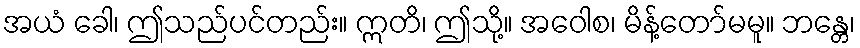
အယံ ခေါ၊ ဤသည်ပင်တည်း။ ဣတိ၊ ဤသို့။ အဝေါစ၊ မိန့်တော်မမူ။ ဘန္တေ၊